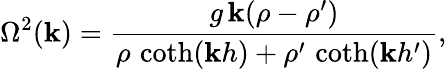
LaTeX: \Omega^{2}(\mathbf{k})={\frac{{g\, \mathbf{k}(\rho-\rho^{\prime})}}{{\rho\, \coth(\mathbf{k}h)+\rho^{\prime}\, \coth(\mathbf{k}h^{\prime})}}},